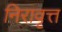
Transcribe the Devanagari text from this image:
निरावृत्त